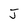
Character: J